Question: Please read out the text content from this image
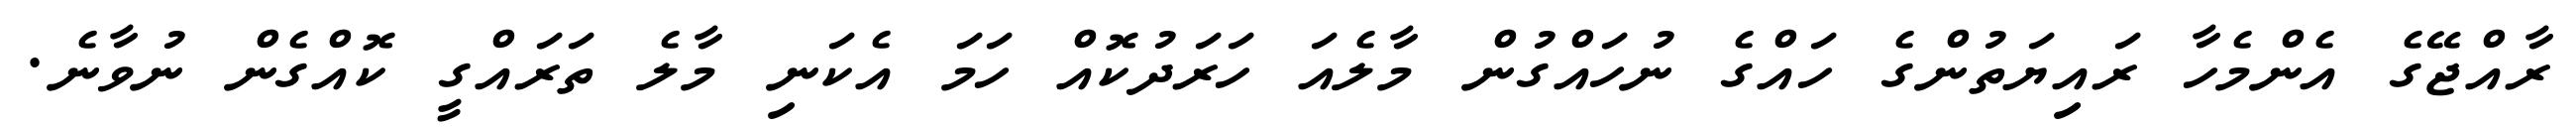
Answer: ރާއްޖޭގެ އެންމެހާ ރައިޔަތުންގެ ހައްގެ ނުހައްގުން މާލެއަ ހަރަދުކޮއް ހަމަ އެކަނި މާލެ ތަރައްގީ ކޮއްގެން ނުވާނެ.